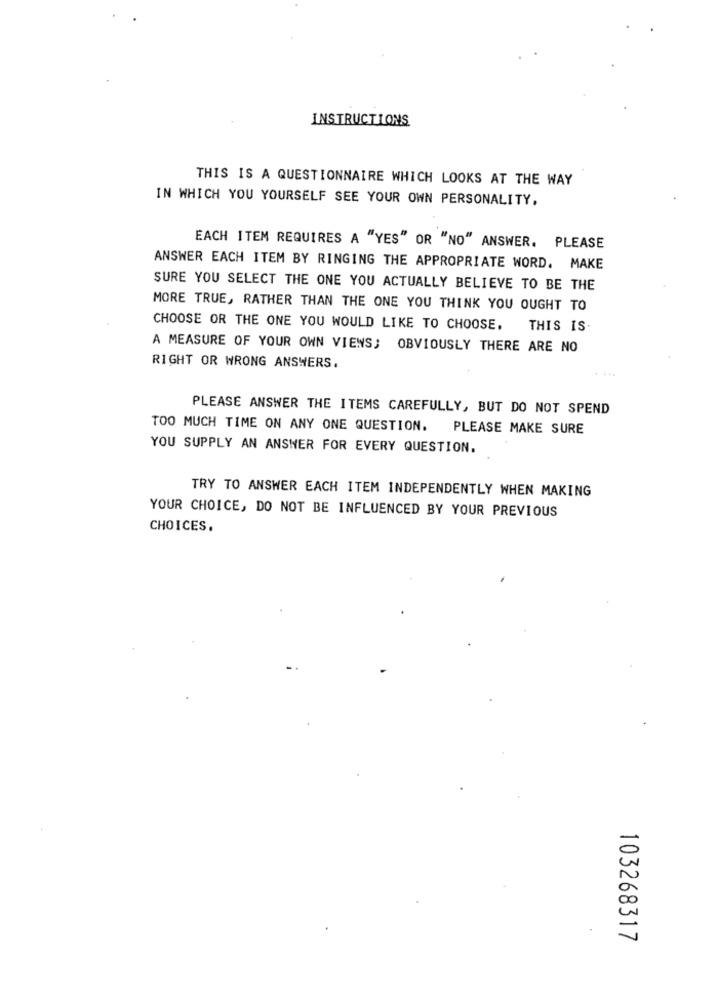
INSTRUCTIONS
THIS IS A QUESTIONNAIRE WHICH LOOKS AT THE WAY
IN WHICH YOU YOURSELF SEE YOUR OWN PERSONALITY.
EACH ITEM REQUIRES A "YES" OR "NO" ANSWER. PLEASE
ANSWER EACH ITEM BY RINGING THE APPROPRIATE WORD. MAKE
SURE YOU SELECT THE ONE YOU ACTUALLY BELIEVE TO BE THE
MORE TRUE, RATHER THAN THE ONE YOU THINK YOU OUGHT TO
CHOOSE OR THE ONE YOU WOULD LIKE TO CHOOSE. THIS IS.
A MEASURE OF YOUR OWN VIENS; OBVIOUSLY THERE ARE NO
RIGHT OR WRONG ANSWERS.
PLEASE ANSWER THE ITEMS CAREFULLY, BUT DO NOT SPEND
TOO MUCH TIME ON ANY ONE QUESTION. PLEASE MAKE SURE
YOU SUPPLY AN ANSWER FOR EVERY QUESTION.
TRY TO ANSWER EACH ITEM INDEPENDENTLY WHEN MAKING
YOUR CHOICE, DO NOT BE INFLUENCED BY YOUR PREVIOUS
CHOICES.
103268317